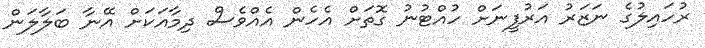
ރުހައިލުގެ ނަޒަރު އަރުފީނަށް ހުއްޓުނު ގޮތަށް އެހެން އެއްވެސް ދިމާއަކަށް އޭނާ ބަލާލަން